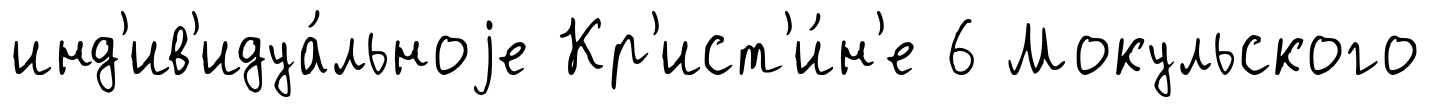
инд'ив'идуа́льноjе Кр'ист'и́н'е 6 Мокульского